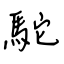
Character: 駝